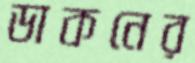
ডাকনের